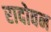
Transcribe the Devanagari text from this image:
रादोवन